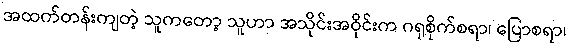
အထက်တန်းကျတဲ့ သူကတော့ သူဟာ အသိုင်းအဝိုင်းက ဂရုစိုက်စရာ၊ ပြောစရာ၊